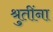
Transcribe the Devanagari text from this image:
श्रुतींना